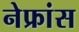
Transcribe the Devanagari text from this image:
नेफ्रांस